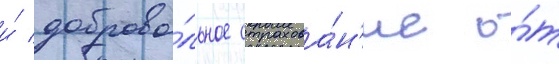
и́ доброво́льное страхова́н'ие о́т